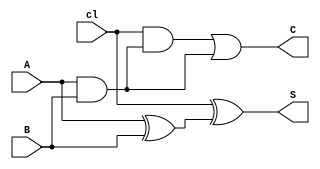
`timescale 1 ns/1 ns
module FulAdder(
	input A , B , cl,
	output S , C
    );
	wire AxB , AdB , d1 , d2;
	xor
		g0(AxB , A , B),
		g1(S , cl , AxB);
		
	and
		g2(AdB , A , B),
		g3(d1 , cl , AdB),
		g4(d2 , A , B);
		
	or
		g5(C , d1 , d2);


endmodule